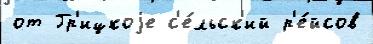
от Гр'ицкоjе с'е́льск'ий р'е́йсов